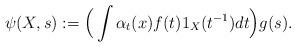
LaTeX: \begin{align*} \psi(X,s):= \Big(\int \alpha_{t}(x)f(t)1_{X}(t^{-1})dt\Big)g(s). \end{align*}